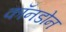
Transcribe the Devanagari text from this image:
कॉनडोन